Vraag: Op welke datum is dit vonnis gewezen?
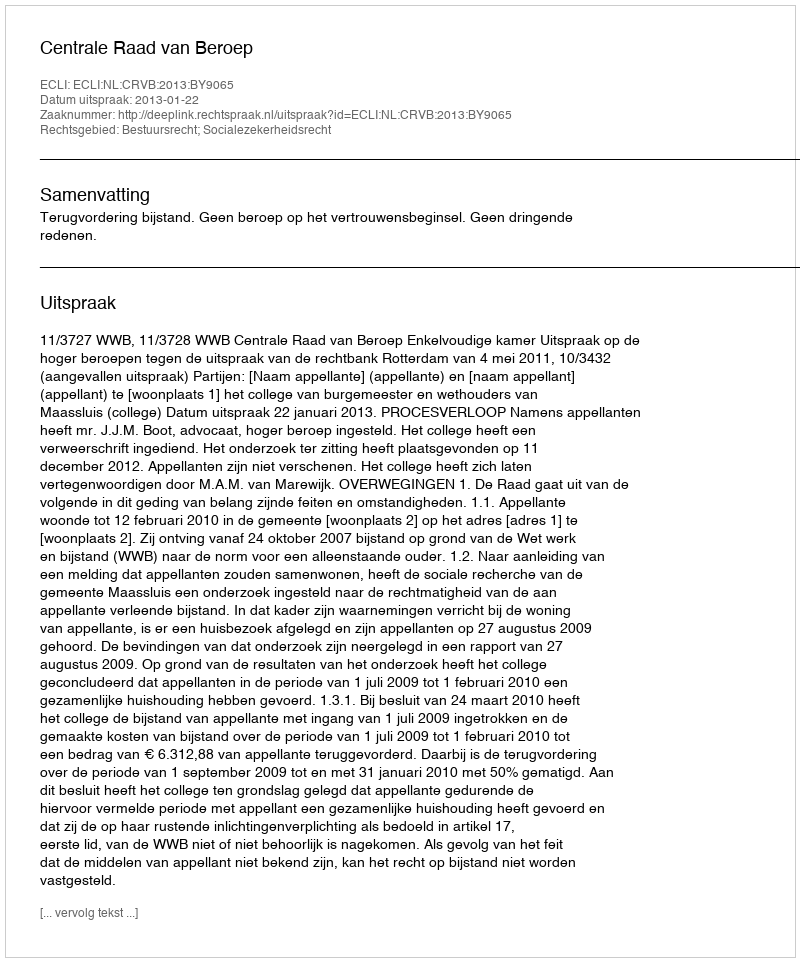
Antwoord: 2013-01-22